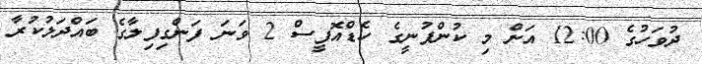
ދުވަހުގެ 12:00 އަށް މި ކުންފުނީގެ ހެޑްއޮފީސް 2 ވަނަ ފަންގިފިލާގެ ބައްދަލުކުރާ